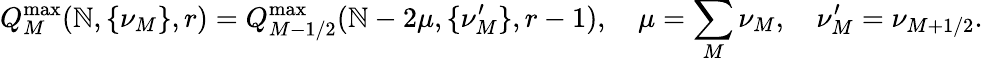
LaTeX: Q_{M}^{\operatorname*{max}}(\mathbb{N},\{ \nu_{M}\} ,r)=Q_{M-1/2}^{\operatorname*{max}}(\mathbb{N}-2\mu,\{ \nu_{M}^{\prime}\} ,r-1),\quad\mu=\sum_{M}\nu_{M},\quad\nu_{M}^{\prime}=\nu_{M+1/2}.